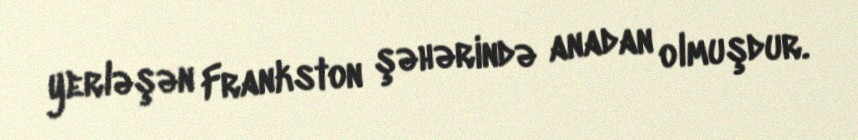
yerləşən Frankston şəhərində anadan olmuşdur.